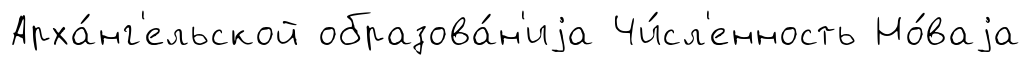
Арха́нг'ельской образова́н'иjа Чи́сл'енность Но́ваjа